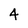
Character: 4